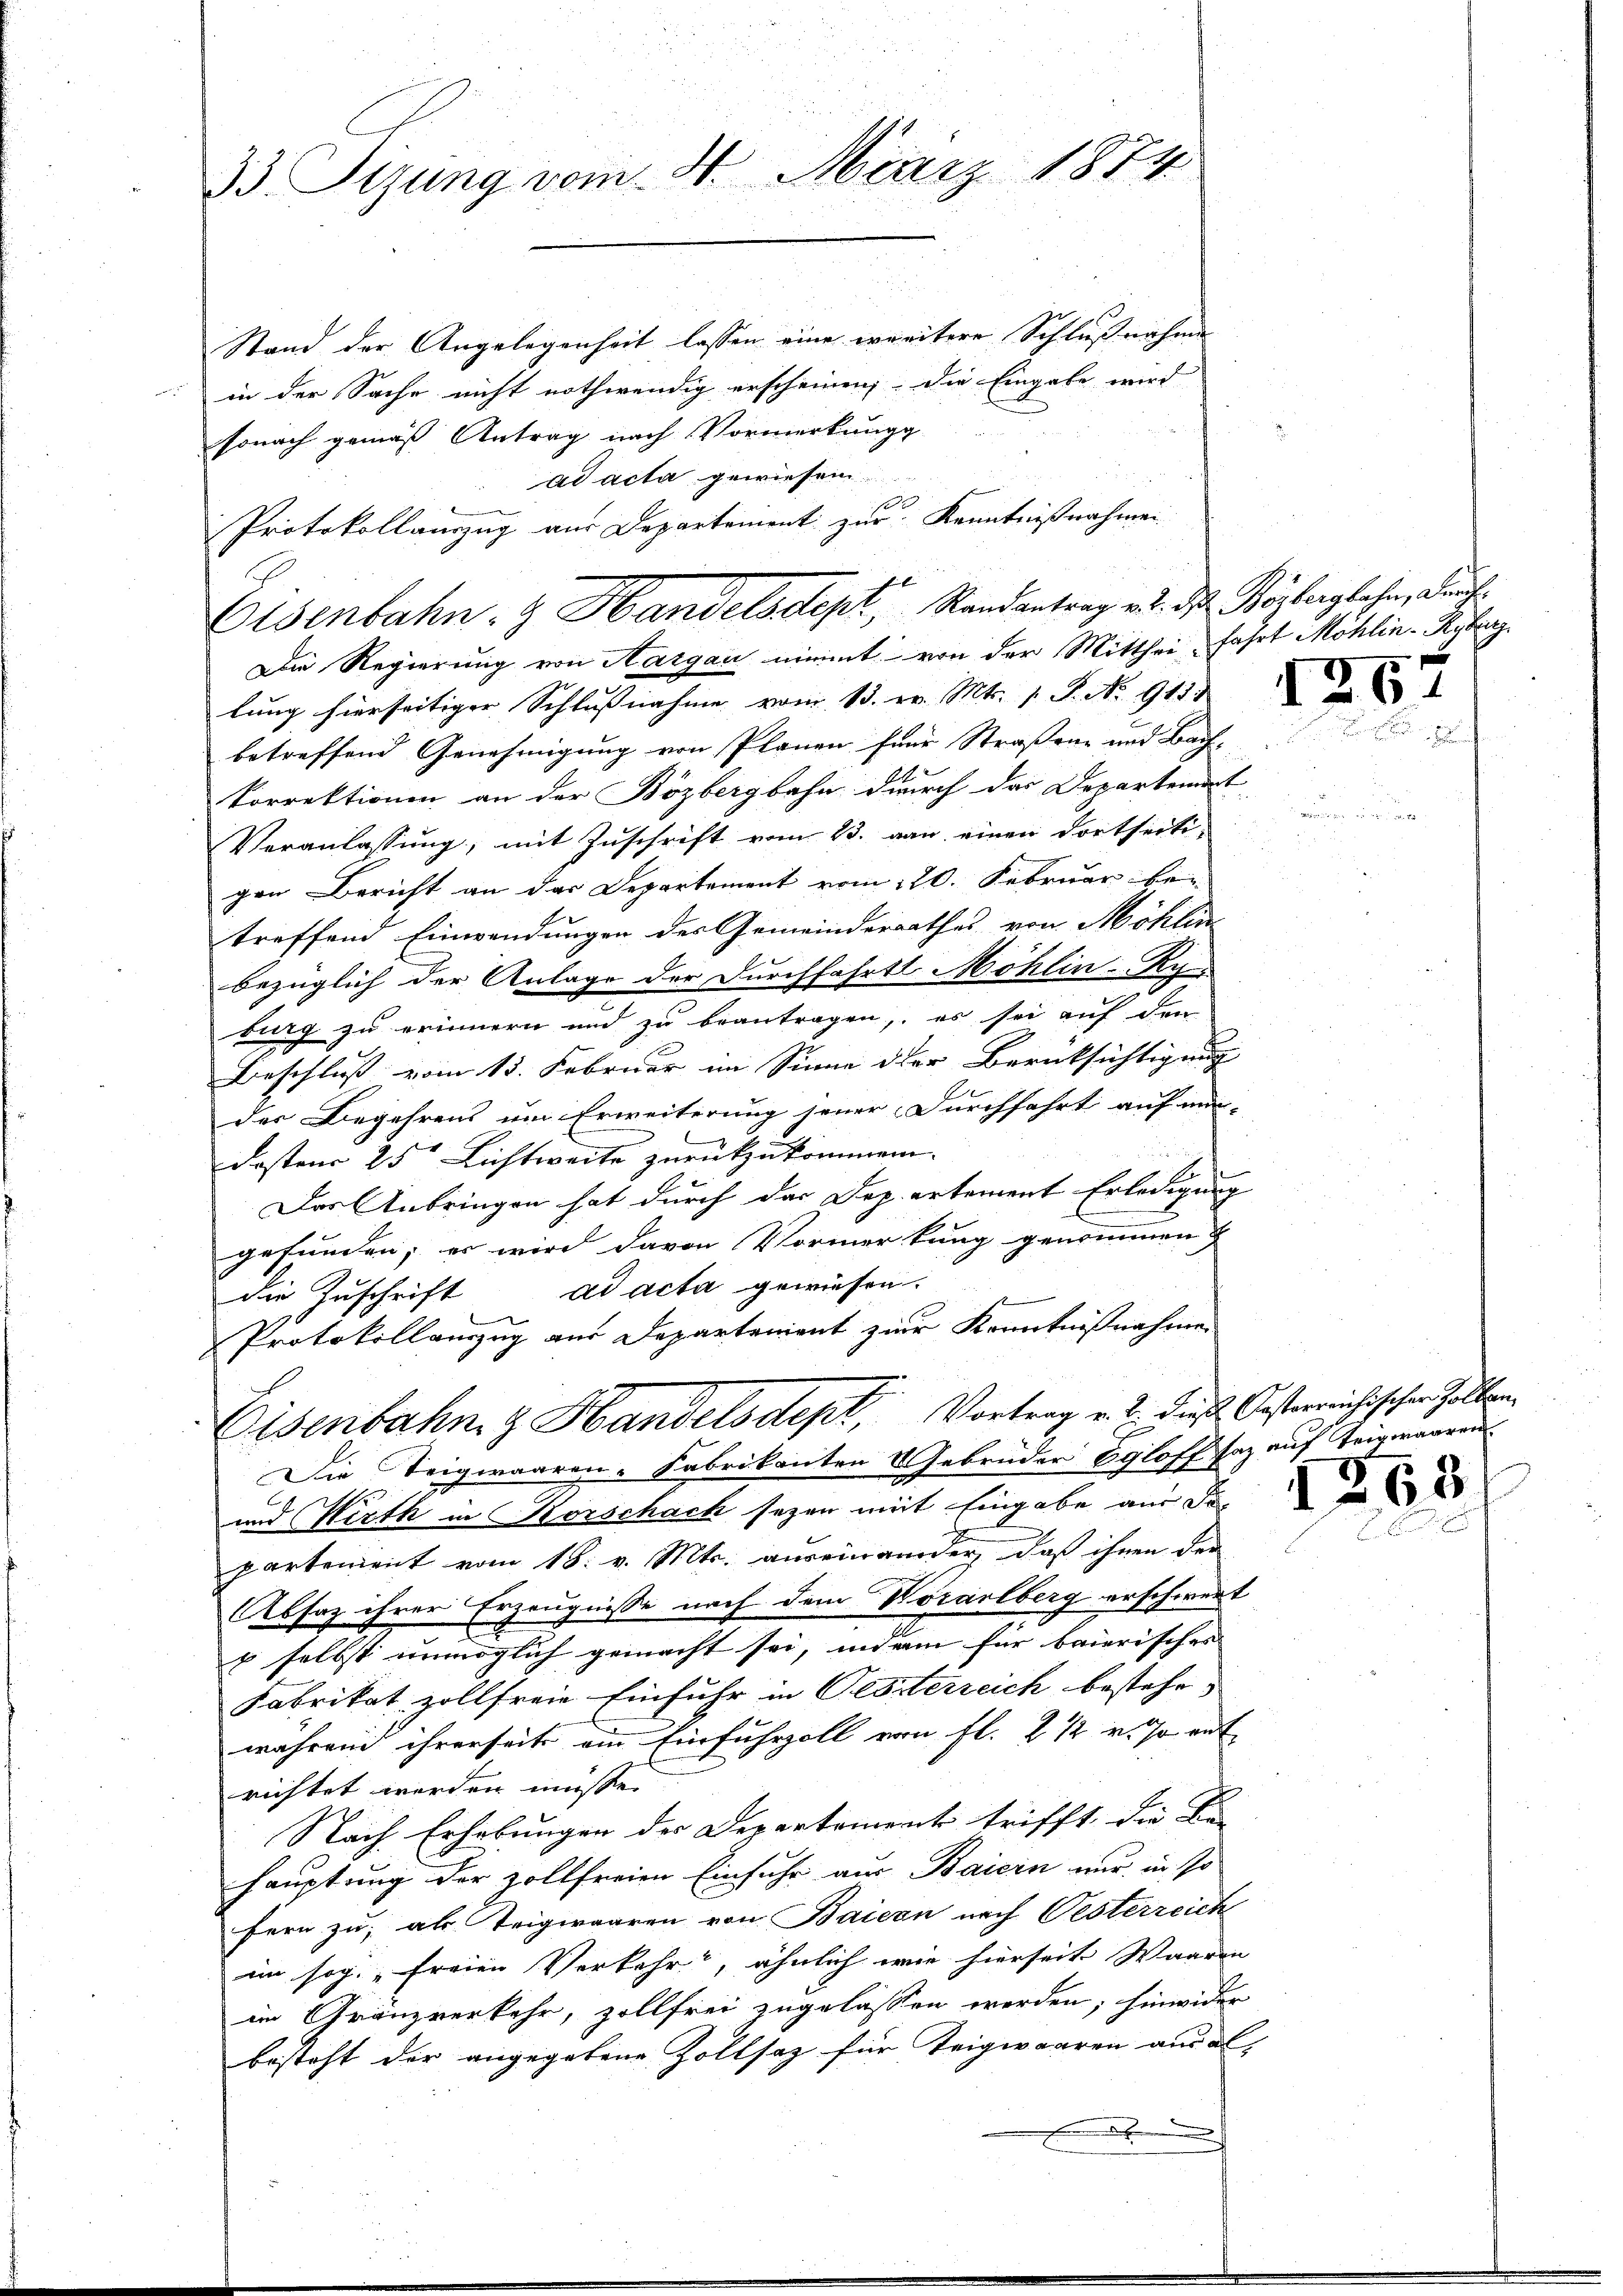
33 Sizung vom 31. März 1874

Stand der Angelegenheit lassen eine weitere Schlußnahme
in der Sache nicht nothwendig erscheinen, die Eingabe wird
sonach gemäß Antrag nach Vormerkung
ad acta gewiesen.
Protokollauszug aus Departement zur Kenntnißnahmen
Die Regierung von Aargau nimmt von der Mitthei fahrt Möhlin-Ryburg
lung hierseitiger Schlussnahme vom 13. v. Mts. 1. P. No 911.
betreffend Genehmigung von Plänen für Straßene und Bach,
korrektionen an der Bözbergbahn durch das Departement
Veranlassung, mit Zuschrift vom 23. von einen dortseiti-
gen Bericht an das Departement vom 20. Februar be-
treffend Einwendungen des Gemeinderrathes von Möhlin
bezüglich der Anlage der Durchfahrt Möhlin-Ry
burg zu erinnern und zu beantragen, es sei auf den
Beschluß vom 13. Februar im Sinne der Berücksichtigung |
der Begehrens um Erweiterung jener Durchfahrt auf mein-
Fastens 25 Lichtweite zurückzukommen.
Der Anbringen hat durch das Dep. ertement Erledigung
gefunden; er wird davon Vormerkung genommen
die Zuschrift ad acta gewiesen.
Protokollauszug aus Departenient zur Kenntnißnahmen
Eisenbahn & Handelsdept, Vortrag v. 2. diese Oesterreichischen Zollen
Die Teigwaaren-Fabrikanten 8 Gebrüder Egloff Haz auf Teigwaaren
und Wirth in Korschach seyen mit Eingabe aus Fr.
partement vom 18. v. Mts. auseinander, daß ihnen der
Absaz ihrer Erzeugnisse nach dem Vorarlberg erschwert
b selbst unmöglich gemacht sei, indem für baierisches
Fabrikat zollfreie Einfuhr in Oesterreich bestehe-
während ihrerseits ein Einfuhrzoll von fl. 2 12 v. so ent
richtet werden müsse.
Nach Erhebungen der Departement trifft, die Be- |
hauptung der zollfreien Einfuhr aus Baiern nur in so
fern zu, als Teigwaaren von Baiern nach Vesterreich
im sog. „freien Verkehr, ähnlich wie hierseit Waaren
im Gränzverkehr, zollfrei zugelassen werden; hinwider
besteht der angegebene Zollsaz für Teigwaaren aus a

Eisenbahn- & Handelsdept, Randantrag v. d. d. Körbergbahn, auf

.

126

1263